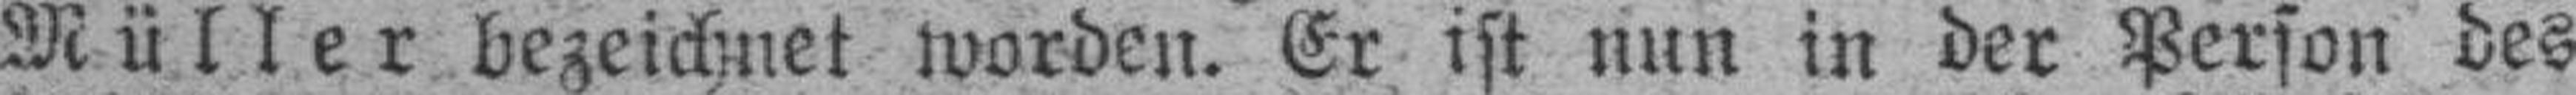
Müller bezeichnet worden. Er ist nun in der Person des